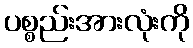
ပစ္စည်းအားလုံးကို